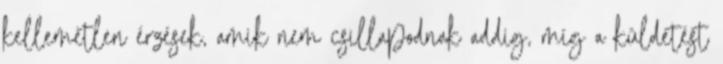
kellemetlen érzések, amik nem csillapodnak addig, míg a küldetést